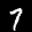
Digit: 7